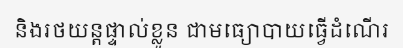
និងរថយន្តផ្ទាល់ខ្លួន ជាមធ្យោបាយធ្វើដំណើរ